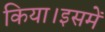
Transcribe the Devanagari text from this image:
किया।इसमें